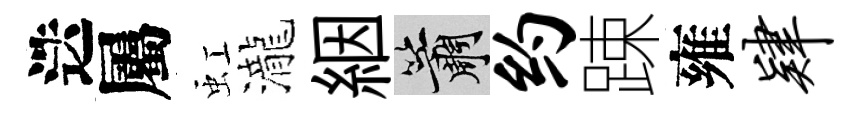
迭屬虹瀧絪簫约踈雍肄